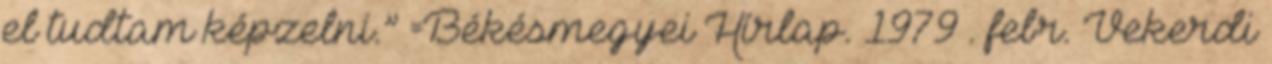
el tudtam képzelni.” =Békésmegyei Hírlap. 1979 . febr. Vekerdi